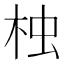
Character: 𣑺